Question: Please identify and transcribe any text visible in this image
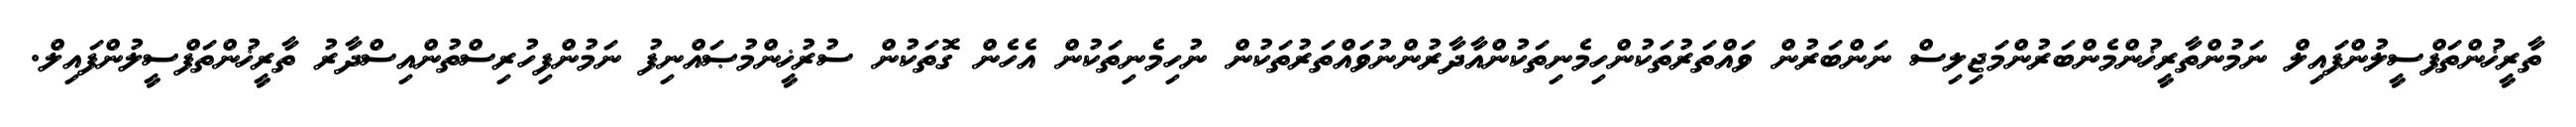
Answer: ތާރީޚުންތަފްސީލުންފައިލް ނަމުންތާރީޚުންމެންބަރުންމަޖިލިސް ނަންބަރުން ވައްތަރުތަކުންހިމެނިތަކުންއާދާރުންނުވައްތަރުތަކުން ނުހިމެނިތަކުން އެހެން ގޮތަކުން ސުރުޚީންމުޞައްނިފު ނަމުންފިހުރިސްތުންއިސްދާރު ތާރީޚުންތަފްސީލުންފައިލް.